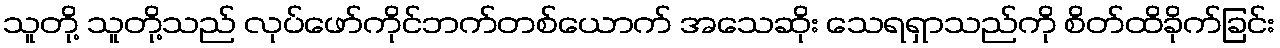
သူတို့ သူတို့သည် လုပ်ဖော်ကိုင်ဘက်တစ်ယောက် အသေဆိုး သေရရှာသည်ကို စိတ်ထိခိုက်ခြင်း